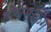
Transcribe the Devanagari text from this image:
होममेकिंग